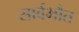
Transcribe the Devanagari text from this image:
सार्वभौत